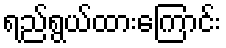
ရည်ရွယ်ထားကြောင်း